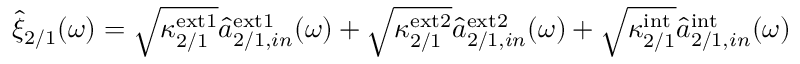
\begin{array} { r } { \hat { \xi } _ { 2 / 1 } ( \omega ) = \sqrt { \kappa _ { 2 / 1 } ^ { \mathrm { e x t 1 } } } \hat { a } _ { 2 / 1 , i n } ^ { \mathrm { e x t 1 } } ( \omega ) + \sqrt { \kappa _ { 2 / 1 } ^ { \mathrm { e x t 2 } } } \hat { a } _ { 2 / 1 , i n } ^ { \mathrm { e x t 2 } } ( \omega ) + \sqrt { \kappa _ { 2 / 1 } ^ { \mathrm { i n t } } } \hat { a } _ { 2 / 1 , i n } ^ { \mathrm { i n t } } ( \omega ) } \end{array}